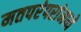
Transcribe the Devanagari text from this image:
मतपरंपरांमध्ये